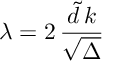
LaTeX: \lambda = 2 \, \frac { { \tilde { d } } \, k } { \sqrt { \Delta } }